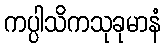
ကပ္ပါသိကသုခုမာနံ